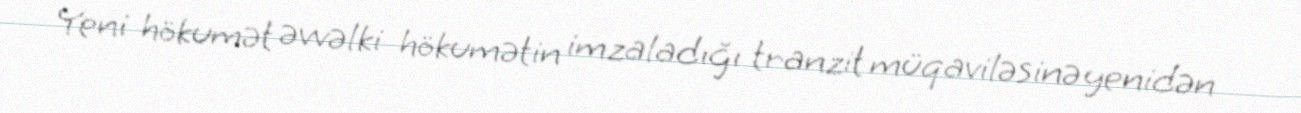
Yeni hökumət əvvəlki hökumətin imzaladığı tranzit müqaviləsinə yenidən